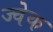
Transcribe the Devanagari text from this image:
ज्वेक